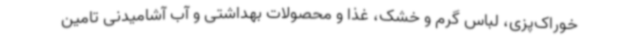
خوراک‌پزی، لباس گرم و خشک، غذا و محصولات بهداشتی و آب آشامیدنی تامین